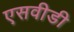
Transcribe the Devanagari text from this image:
एसवीडी